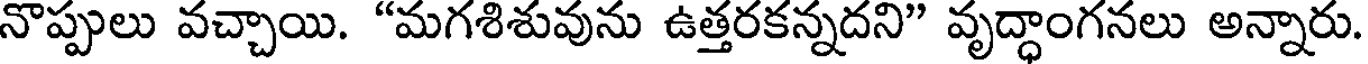
నొప్పులు వచ్చాయి. "మగశిశువును ఉత్తరకన్నదని" వృద్ధాంగనలు అన్నారు.